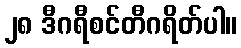
၂၈ ဒီဂရီစင်တီဂရိတ်ပါ။